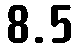
8.5